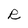
Character: R